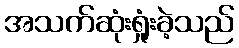
အသက်ဆုံးရှုံးခဲ့သည်